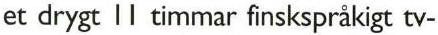
et drygt 11 timmar finskspråkigt tv-